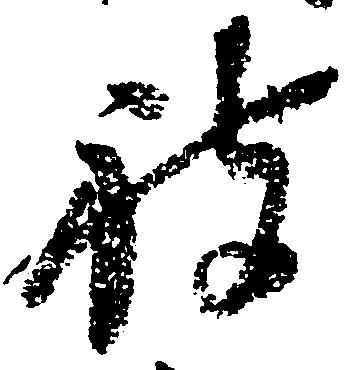
被